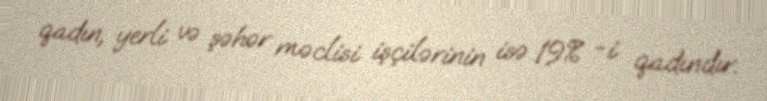
qadın, yerli və şəhər məclisi işçilərinin isə 19% -i qadındır.